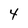
Character: 4